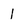
Character: l